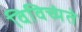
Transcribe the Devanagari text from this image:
विविच्यंते